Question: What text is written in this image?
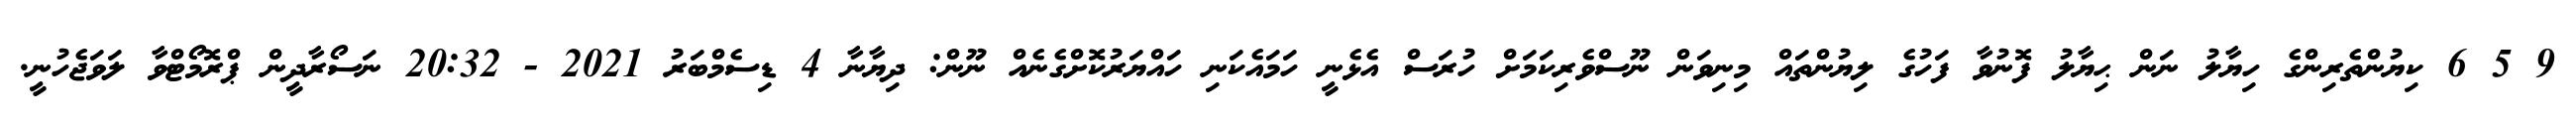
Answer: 9 5 6 ކިޔުންތެރިންގެ ހިޔާލު ނަން ޙިޔާލު ފޮނުވާ ފަހުގެ ލިޔުންތައް މިނިވަން ނޫސްވެރިކަމަށް ހުރަސް އެޅެނީ ހަމައެކަނި ހައްޔަރުކޮށްގެނެއް ނޫން: ދިޔާނާ 4 ޑިސެމްބަރު 2021 - 20:32 ނަސޯރާދީން ޕްރޮމޯޓްވާ ލަވަޖެހުނީ.